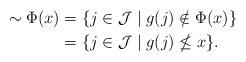
LaTeX: \begin{align*} \sim \Phi(x) & = \{ j \in \mathcal{J} \mid g(j) \notin \Phi(x) \} \\ & = \{ j \in \mathcal{J} \mid g(j) \nleq x \}.\end{align*}